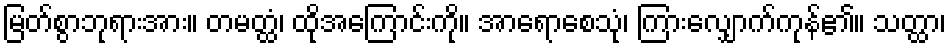
မြတ်စွာဘုရားအား။ တမတ္ထံ၊ ထိုအကြောင်းကို။ အာရောစေသုံ၊ ကြားလျှောက်ကုန်၏။ သတ္ထာ၊